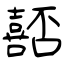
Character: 嚭